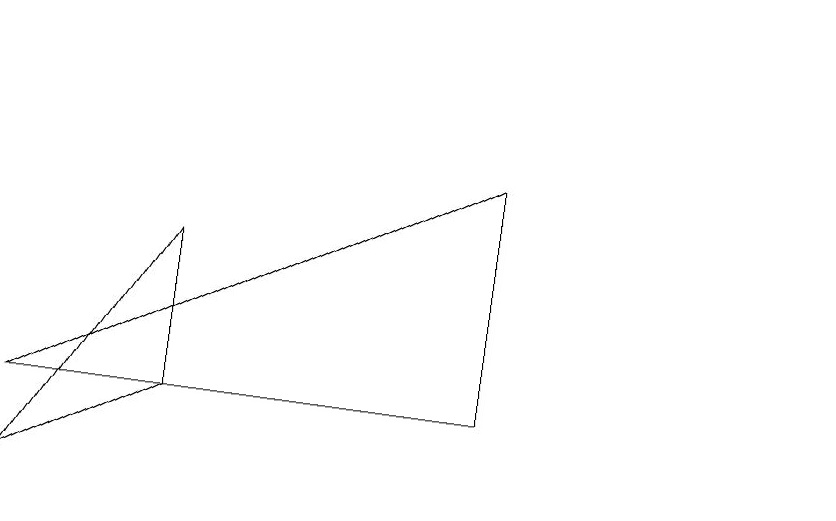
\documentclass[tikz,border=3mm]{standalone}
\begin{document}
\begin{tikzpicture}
\draw (0,4) -- (2,5) -- (2,7) -- cycle;
\draw (6,8) -- (6,5) -- (0,5) -- cycle;
\draw (10,10) circle (0);
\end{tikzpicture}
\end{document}